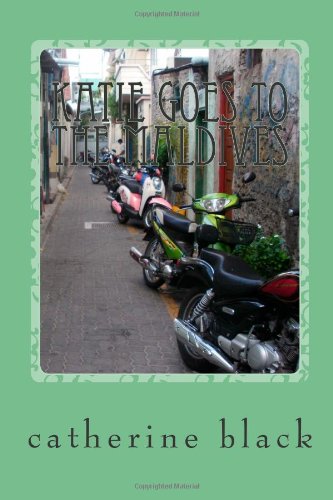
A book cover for Katie Goes to the Maldives: A view of Paradise beyond the glossy image; catherine black; Travel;